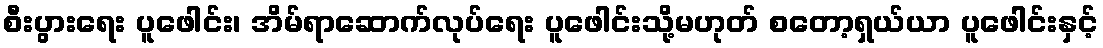
စီးပွားရေး ပူဖေါင်း၊ အိမ်ရာဆောက်လုပ်ရေး ပူဖေါင်းသို့မဟုတ် စတော့ရှယ်ယာ ပူဖေါင်းနှင့်